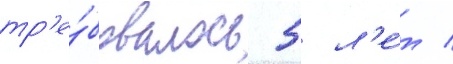
тр'е́бовалось 5 л'е́т /